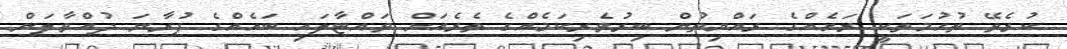
ކުރެވޭ ތުހުމަތަކީ ރަށެއްގެ ރައްޔިތުން ބިރުވެރިކަމެއްގެ ތެރެއަށް ވައްޓާލައި ބައެއްގެ ފުރާނަ ދުއްވާލަން